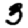
Digit: 3